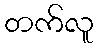
တက်လူ